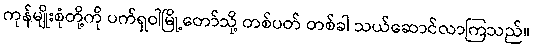
ကုန်မျိုးစုံတို့ကို ပက်ရှဝါမြို့တော်သို့ တစ်ပတ် တစ်ခါ သယ်ဆောင်လာကြသည်။